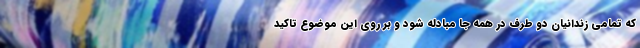
که تمامی زندانیان دو طرف در همه جا مبادله شود و بر روی این موضوع تاکید